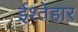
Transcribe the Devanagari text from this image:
ईश्तेहार